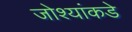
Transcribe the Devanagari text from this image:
जोश्यांकडे